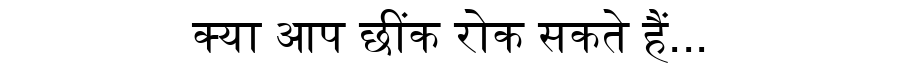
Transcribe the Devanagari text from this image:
क्या आप छींक रोक सकते हैं...